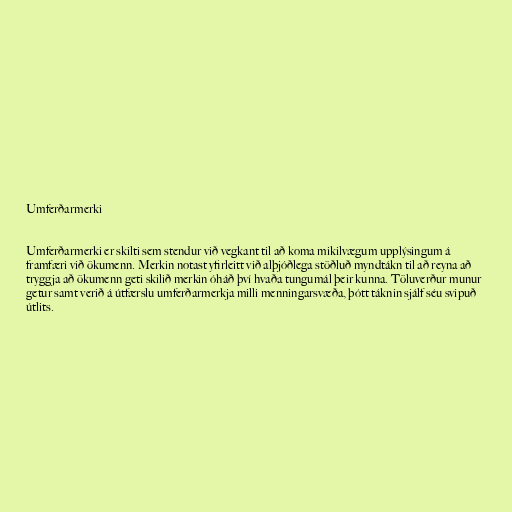
Umferðarmerki

Umferðarmerki er skilti sem stendur við vegkant til að koma mikilvægum upplýsingum á
framfæri við ökumenn. Merkin notast yfirleitt við alþjóðlega stöðluð myndtákn til að reyna að
tryggja að ökumenn geti skilið merkin óháð því hvaða tungumál þeir kunna. Töluverður munur
getur samt verið á útfærslu umferðarmerkja milli menningarsvæða, þótt táknin sjálf séu svipuð
útlits.